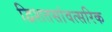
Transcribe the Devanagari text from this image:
द्विशतसांवत्सरिक